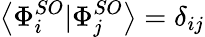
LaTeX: \left\langle\Phi_{i}^{SO}|\Phi_{j}^{SO}\right\rangle=\delta_{ij}